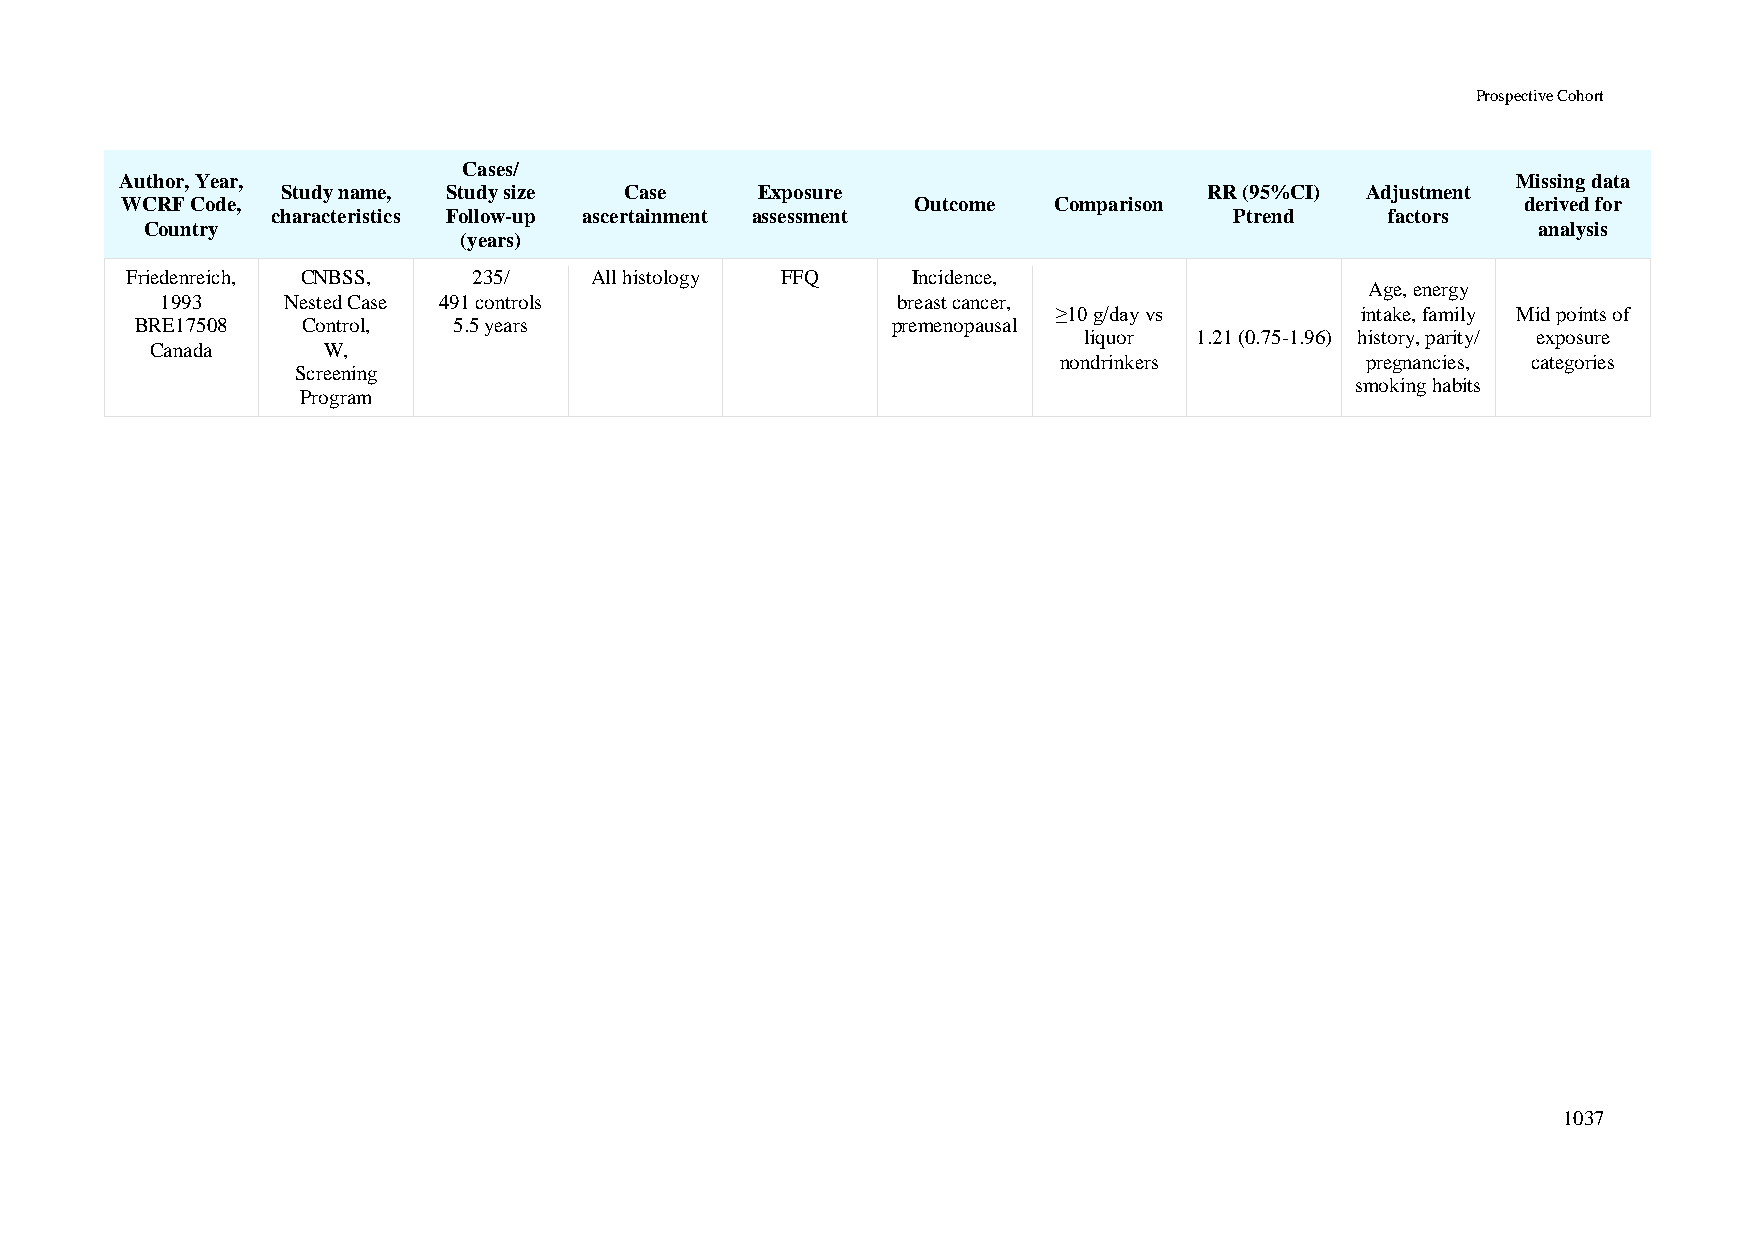
Prospective Cohort
 Cases/
 Author, Year,                                                                               Missing data
 Study name, Study size Case    Exposure                      RR (95%CI) Adjustment
 WCRF Code,                                           Outcome  Comparison                     derived for
 characteristics Follow-up ascertainment assessment              Ptrend    factors
 Country                                                                                     analysis
 (years)
 Friedenreich, CNBSS,   235/    All histology FFQ    Incidence,
 Age, energy
 1993    Nested Case 491 controls                breast cancer,
 ≥10 g/day vs        intake, family Mid points of
 BRE17508   Control,  5.5 years                    premenopausal
 liquor 1.21 (0.75-1.96) history, parity/ exposure
 Canada     W,
 nondrinkers         pregnancies, categories
 Screening
 smoking habits
 Program
 1037